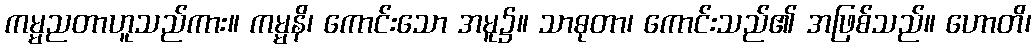
ကမ္မညတာဟူသည်ကား။ ကမ္မနိ၊ ကောင်းသော အမူ၌။ သာဓုတာ၊ ကောင်းသည်၏ အဖြစ်သည်။ ဟောတိ၊